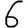
Digit: 6